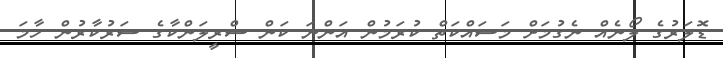
ޑޮލަރުގެ ލޯނެއް ނެގުމަށް މަސައްކަތް ކުރަމުން އަންނަ ކަން ސްރީލަންކާގެ ސަރުކާރުން ހާމަ